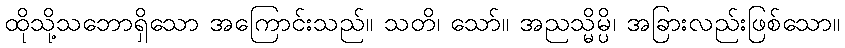
ထိုသို့သဘောရှိသော အကြောင်းသည်။ သတိ၊ သော်။ အညသ္မိမ္ပိ၊ အခြားလည်းဖြစ်သော။